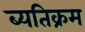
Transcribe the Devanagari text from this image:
ब्यतिक्रम